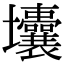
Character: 㚂